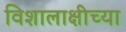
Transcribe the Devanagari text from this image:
विशालाक्षीच्या